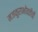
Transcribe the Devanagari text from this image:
मजकुराभोवतीची